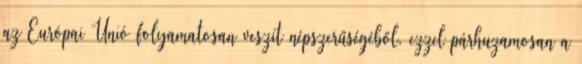
az Európai Unió folyamatosan veszít népszerűségéből, ezzel párhuzamosan a